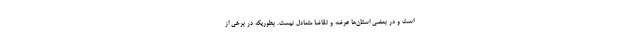
است و در بعضی استان‌ها عرضه و تقاضا متعادل نیست. بطوریکه در برخی از